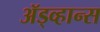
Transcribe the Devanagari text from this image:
ॲड्व्हान्स